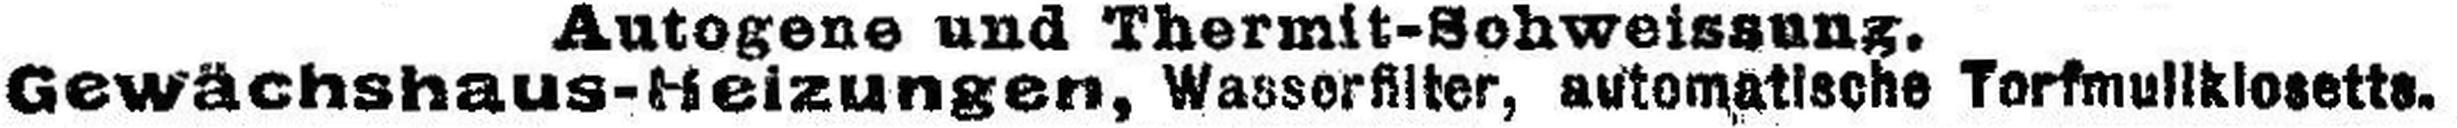
Gewächshaus-Heizungen, Wasserfilter, automatische Torfmullklosetts.